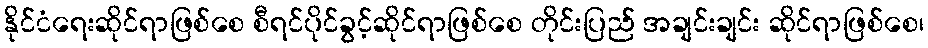
နိုင်ငံရေးဆိုင်ရာဖြစ်စေ စီရင်ပိုင်ခွင့်ဆိုင်ရာဖြစ်စေ တိုင်းပြည် အချင်းချင်း ဆိုင်ရာဖြစ်စေ၊